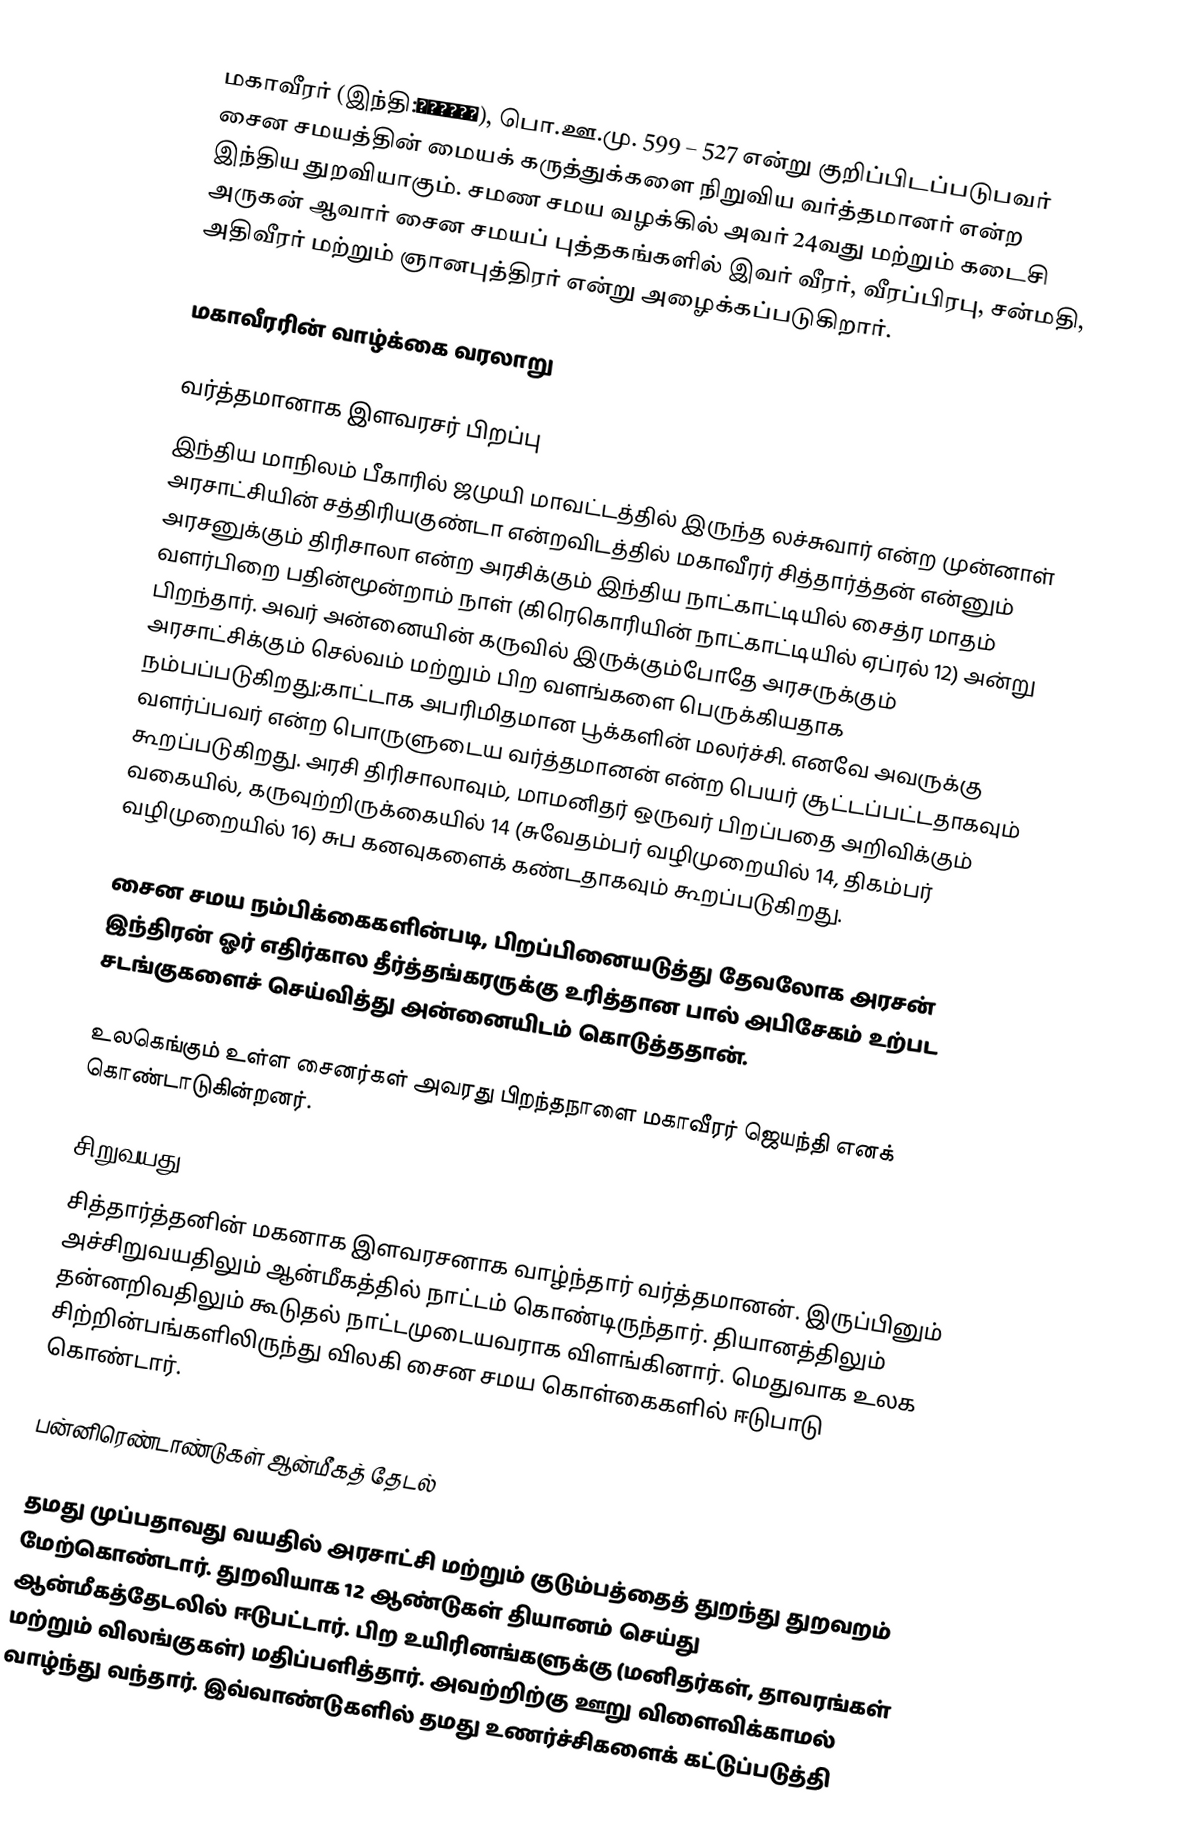
மகாவீரர் (இந்தி:महावीर), பொ.ஊ.மு. 599 – 527 என்று குறிப்பிடப்படுபவர் சைன சமயத்தின் மையக் கருத்துக்களை நிறுவிய வர்த்தமானர் என்ற இந்திய துறவியாகும். சமண சமய வழக்கில் அவர் 24வது மற்றும் கடைசி அருகன் ஆவார்  சைன சமயப் புத்தகங்களில் இவர் வீரர், வீரப்பிரபு, சன்மதி, அதிவீரர் மற்றும் ஞானபுத்திரர் என்று அழைக்கப்படுகிறார்.

மகாவீரரின் வாழ்க்கை வரலாறு

வர்த்தமானாக இளவரசர் பிறப்பு
இந்திய மாநிலம் பீகாரில் ஜமுயி மாவட்டத்தில் இருந்த லச்சுவார் என்ற முன்னாள் அரசாட்சியின் சத்திரியகுண்டா என்றவிடத்தில் மகாவீரர் சித்தார்த்தன் என்னும் அரசனுக்கும் திரிசாலா என்ற அரசிக்கும் இந்திய நாட்காட்டியில் சைத்ர மாதம் வளர்பிறை பதின்மூன்றாம் நாள் (கிரெகொரியின் நாட்காட்டியில் ஏப்ரல் 12) அன்று பிறந்தார். அவர் அன்னையின் கருவில் இருக்கும்போதே அரசருக்கும் அரசாட்சிக்கும் செல்வம் மற்றும் பிற வளங்களை பெருக்கியதாக நம்பப்படுகிறது;காட்டாக அபரிமிதமான பூக்களின் மலர்ச்சி. எனவே அவருக்கு வளர்ப்பவர் என்ற பொருளுடைய வர்த்தமானன் என்ற பெயர் சூட்டப்பட்டதாகவும் கூறப்படுகிறது. அரசி திரிசாலாவும், மாமனிதர் ஒருவர் பிறப்பதை அறிவிக்கும் வகையில், கருவுற்றிருக்கையில் 14 (சுவேதம்பர் வழிமுறையில் 14, திகம்பர் வழிமுறையில் 16) சுப கனவுகளைக் கண்டதாகவும்  கூறப்படுகிறது.

சைன சமய நம்பிக்கைகளின்படி, பிறப்பினையடுத்து தேவலோக அரசன் இந்திரன் ஓர் எதிர்கால தீர்த்தங்கரருக்கு உரித்தான பால் அபிசேகம் உற்பட சடங்குகளைச் செய்வித்து அன்னையிடம் கொடுத்ததான்.

உலகெங்கும் உள்ள சைனர்கள் அவரது பிறந்தநாளை மகாவீரர் ஜெயந்தி எனக் கொண்டாடுகின்றனர்.

சிறுவயது
சித்தார்த்தனின் மகனாக இளவரசனாக வாழ்ந்தார் வர்த்தமானன். இருப்பினும் அச்சிறுவயதிலும் ஆன்மீகத்தில் நாட்டம் கொண்டிருந்தார். தியானத்திலும் தன்னறிவதிலும் கூடுதல் நாட்டமுடையவராக விளங்கினார். மெதுவாக உலக சிற்றின்பங்களிலிருந்து விலகி சைன சமய கொள்கைகளில் ஈடுபாடு கொண்டார்.

பன்னிரெண்டாண்டுகள் ஆன்மீகத் தேடல்

தமது முப்பதாவது வயதில் அரசாட்சி மற்றும் குடும்பத்தைத் துறந்து துறவறம் மேற்கொண்டார். துறவியாக 12 ஆண்டுகள் தியானம் செய்து ஆன்மீகத்தேடலில் ஈடுபட்டார். பிற உயிரினங்களுக்கு (மனிதர்கள், தாவரங்கள் மற்றும் விலங்குகள்) மதிப்பளித்தார். அவற்றிற்கு ஊறு விளைவிக்காமல் வாழ்ந்து வந்தார். இவ்வாண்டுகளில் தமது உணர்ச்சிகளைக் கட்டுப்படுத்தி